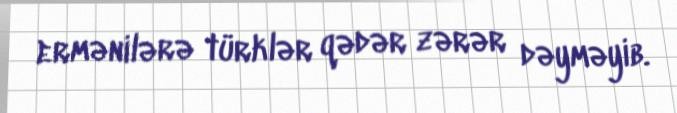
ermənilərə türklər qədər zərər dəyməyib.